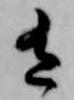
有